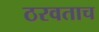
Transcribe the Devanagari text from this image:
ठरवताच